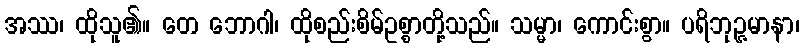
အဿ၊ ထိုသူ၏။ တေ ဘောဂါ၊ ထိုစည်းစိမ်ဥစ္စာတို့သည်။ သမ္မာ၊ ကောင်းစွာ။ ပရိဘုဉ္ဇမာနာ၊